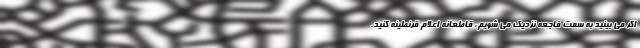
اگر می بینید به سمت فاجعه نزدیک می شویم، قاطعانه اعلام قرنطینه کنید.